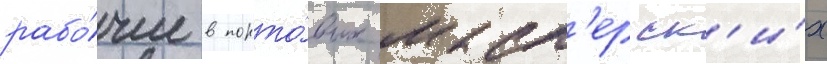
рабо́чие в порто́вых маст'ерск'и́х